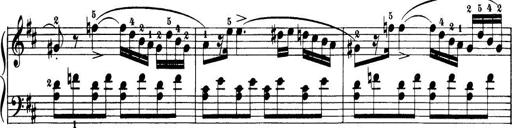
Title: 32 Sonatinas and Rondos for the Piano
Composer: Richard Kleinmichel